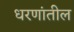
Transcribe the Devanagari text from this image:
धरणांतील